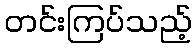
တင်းကြပ်သည့်